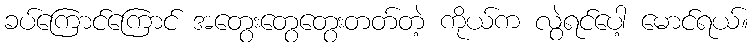
ခပ်ကြောင်ကြောင် အတွေးတွေတွေးတတ်တဲ့ ကိုယ်က လွဲရင်ပေါ့ မောင်ရယ်။